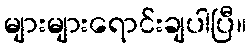
များများရောင်းချပါပြီ။